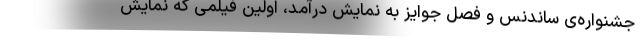
جشنواره‌ی ساندنس و فصل جوایز به نمایش درآمد، اولین فیلمی که نمایش